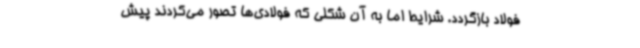
فولاد بازگردد. شرایط اما به آن شکلی که فولادی‌ها تصور می‌کردند پیش